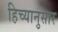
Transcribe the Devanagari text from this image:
हिच्यानुसार